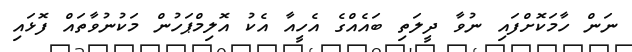
ނަން ހާމަކޮށްފައި ނުވާ ދީލަތި ބައެއްގެ އެހީއާ އެކު އޮލިމްޕަހުން މަކުނުވާތައް ފޮޅައި